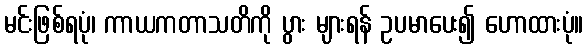
မင်းဖြစ်ရပုံ၊ ကာယကတာသတိကို ပွား များရန် ဥပမာပေး၍ ဟောထားပုံ။